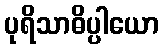
ပုရိသာဓိပ္ပါယော